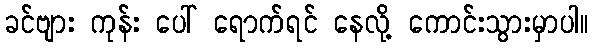
ခင်ဗျား ကုန်း ပေါ် ရောက်ရင် နေလို့ ကောင်းသွားမှာပါ။